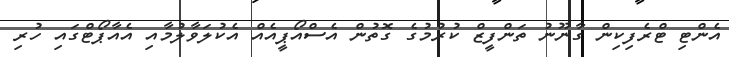
އެންޓި ޓްރެފިކިން ގާނޫނު ތަންފީޒް ކުރުމުގެ ގޮތުން އެސްއޯޕީއެއް އެކުލަވާލުމާއި އެއާޕޯޓްގައި ހުރި